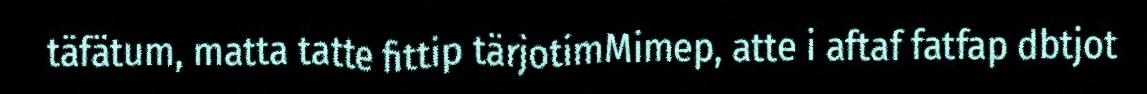
täfätum, matta tatte fittip tärjotimMimep, atte i aftaf fatfap dbtjot